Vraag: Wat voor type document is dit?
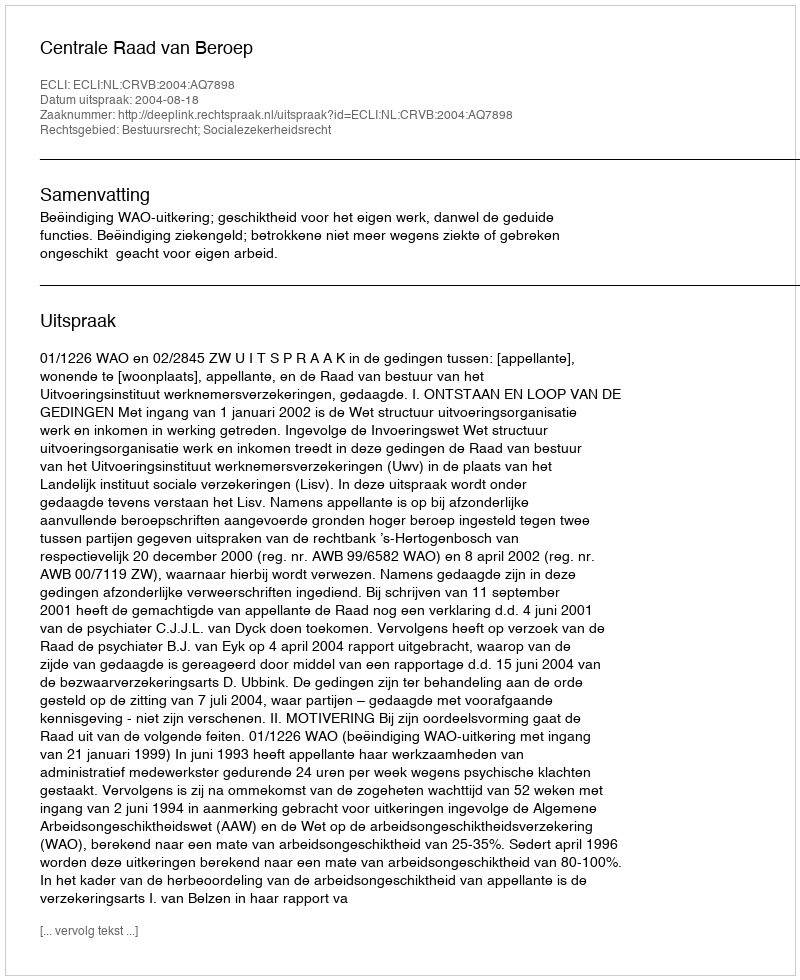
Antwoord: Uitspraak